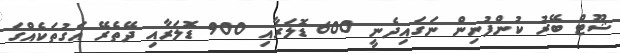
ޝޫޓް ބޭރު ކުންފުނިން ނަގައިދެނީ 600 ޑޮލަރާއި 900 ޑޮލަރާއި ދޭތެރޭ އަގުތަކެއްގަ